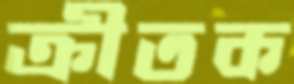
ক্রীতক